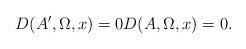
LaTeX: \begin{align*}D(A',\Omega,x)=0D(A,\Omega,x)=0.\end{align*}